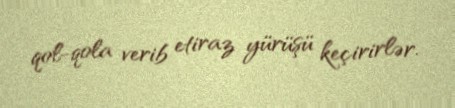
qol-qola verib etiraz yürüşü keçirirlər.